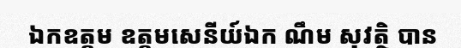
ឯកឧត្តម ឧត្តមសេនីយ៍ឯក ណឹម សុវត្ថិ បាន